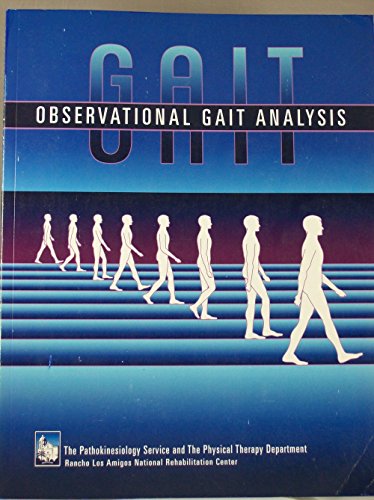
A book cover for Observational Gait Analysis; Los Amigos Research & Education Center; Medical Books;